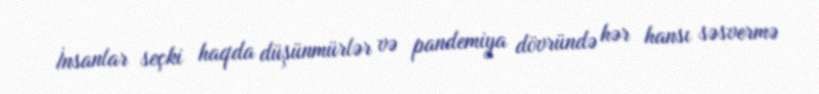
İnsanlar seçki haqda düşünmürlər və pandemiya dövründə hər hansı səsvermə